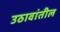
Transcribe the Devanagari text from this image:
उठावांतील